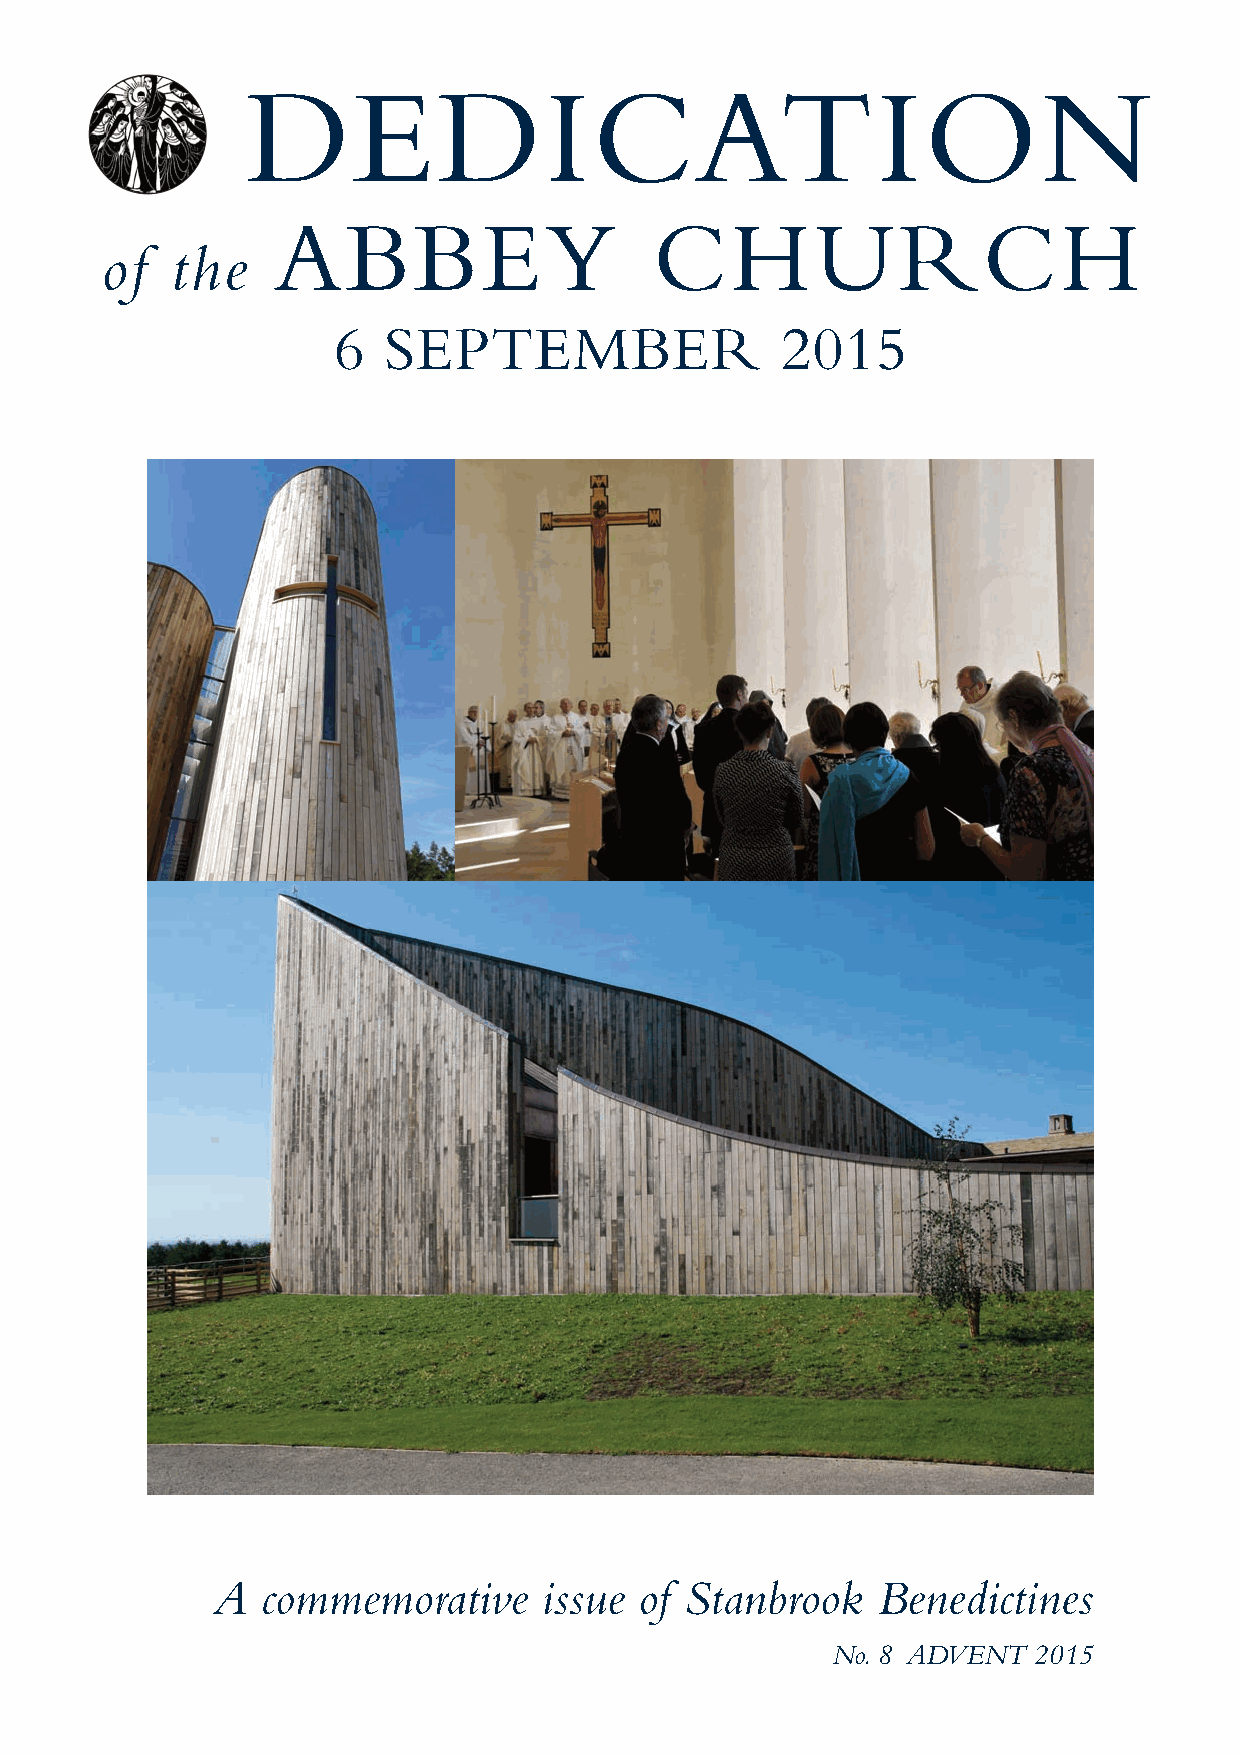
JN40870_Stanbrook 4pp Cover_Layout 1 18/11/2015 14:03 Page 1
 DEDICATION
 ABBEY                    CHURCH
 of  the
 6   SEPTEMBER                 2015
 A  commemorative      issue of Stanbrook    Benedictines
 No. 8 ADVENT  2015